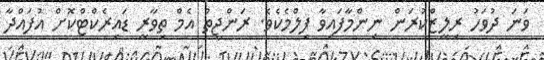
ވަނަ ދުވަހު ރިލީޒްކުރަން ނިންމާފައިވާ ފިލްމެކެވެ. ރަންޖީތު އެމް ތިވާރީ ޑައިރެކްޓްކޮށް އުފައްދާ